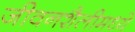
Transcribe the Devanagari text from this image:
जीवनशैलीमध्ये